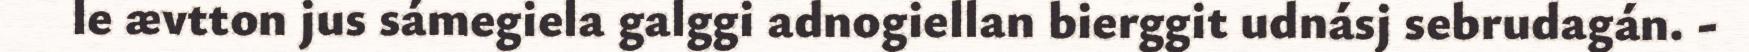
le ævtton jus sámegiela galggi adnogiellan bierggit udnásj sebrudagán. -